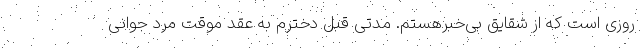
روزی است که از شقایق بی‌خبرهستم. مدتی قبل دخترم به عقد موقت مرد جوانی